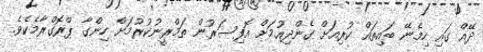
ދޭއް ގައި ހިމެނޭ ބައިތައް ކުރިއަށް ގެންދިއުމަށް އޮފިސަރުން ތަމްރީނުކުރުމަށް ހިންގާ ޕްރޮގްރާމެކެވެ.